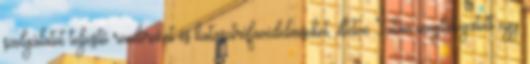
szolgálatot teljesítő rendőröket és katasztrófavédelmiseket, illetve Tatán meglátogatott egy